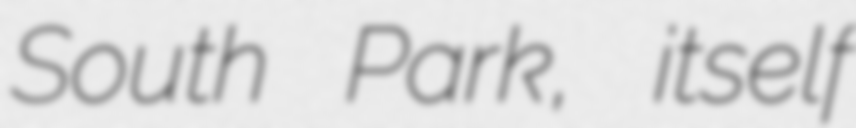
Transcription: South Park, itself